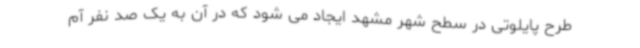
طرح پایلوتی در سطح شهر مشهد ایجاد می شود که در آن به یک صد نفر آم